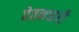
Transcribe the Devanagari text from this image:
वेतनधारी